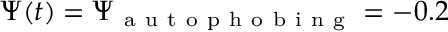
\Psi ( t ) = \Psi _ { \mathrm { ~ a ~ u ~ t ~ o ~ p ~ h ~ o ~ b ~ i ~ n ~ g ~ } } = - 0 . 2